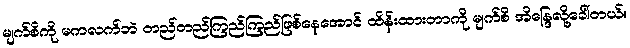
မျက်စိကို မကလက်ဘဲ တည်တည်ကြည်ကြည်ဖြစ်နေအောင် ထိန်းထားတာကို မျက်စိ အိန္ဒြေလို့ခေါ်တယ်။